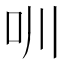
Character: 𠯀